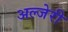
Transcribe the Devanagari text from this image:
अल्जेरी